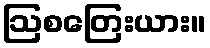
ဩစတြေးယား။